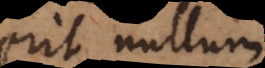
erit, nullum